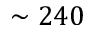
\sim 2 4 0